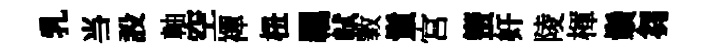
乳当設軸空襌杻羈軾斁鬛宫蠁奸陵楎鬚芻